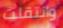
وانتقلت